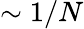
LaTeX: \sim 1/N